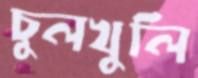
চুলখুলি